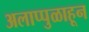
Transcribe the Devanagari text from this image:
अलाप्पुळाहून